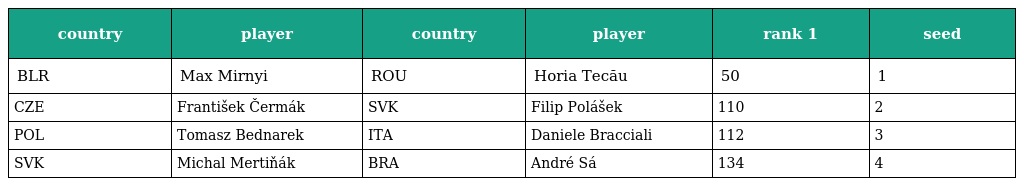
| country | player | country | player | rank 1 | seed |
 | --- | --- | --- | --- | --- | --- |
 | BLR | Max Mirnyi | ROU | Horia Tecău | 50 | 1 |
 | CZE | František Čermák | SVK | Filip Polášek | 110 | 2 |
 | POL | Tomasz Bednarek | ITA | Daniele Bracciali | 112 | 3 |
 | SVK | Michal Mertiňák | BRA | André Sá | 134 | 4 |